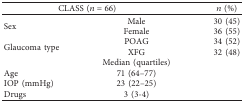
<table><thead><tr><td colspan="2"><b>CLASS (<i>n</i>=66)</b></td><td><b><i>n</i> (%)</b></td></tr></thead><tbody><tr><td rowspan="2">Sex</td><td>Male</td><td>30 (45)</td></tr><tr><td>Female</td><td>36 (55)</td></tr><tr><td rowspan="2">Glaucoma type</td><td>POAG</td><td>34 (52)</td></tr><tr><td>XFG</td><td>32 (48)</td></tr><tr><td> </td><td>Median (quartiles)</td><td> </td></tr><tr><td>Age</td><td>71 (64–77)</td><td> </td></tr><tr><td>IOP (mmHg)</td><td>23 (22–25)</td><td> </td></tr><tr><td>Drugs</td><td>3 (3-4)</td><td> </td></tr></tbody></table>